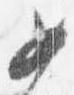
女